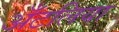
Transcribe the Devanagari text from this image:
अँटलिया